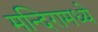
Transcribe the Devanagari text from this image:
मन्दिरामध्ये